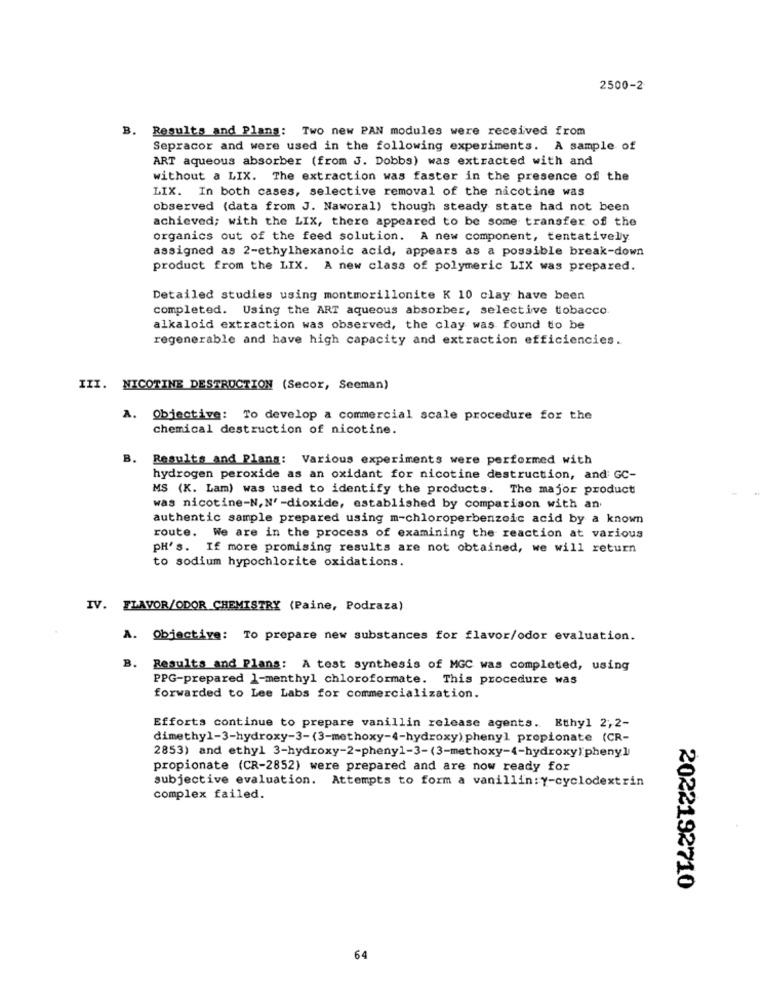
2500-2
B. Results and Plans: Two new PAN modules were received from
Sepracor and were used in the following experiments. A sample of
ART aqueous absorber (from J. Dobbs) was extracted with and
without a LIX. The extraction was faster in the presence of the
LIX. In both cases, selective removal of the nicotine was
observed (data from J. Naworal) though steady state had not been
achieved; with the LIX, there appeared to be some transfer of the
organics out of the feed solution. A new component, tentatively
assigned as 2-ethylhexanoic acid, appears as a possible break-down
product from the LIX. A new class of polymeric LIX was prepared.
Detailed studies using montmorillonite K 10 clay have been
completed. Using the ART aqueous absorber, selective tobacco
alkaloid extraction was observed, the clay was found to be
regenerable and have high capacity and extraction efficiencies.
III. NICOTINE DESTRUCTION (Secor, Seeman)
A. Objective: To develop a commercial scale procedure for the
chemical destruction of nicotine.
B.
Results and Plans: Various experiments were performed with
hydrogen peroxide as an oxidant for nicotine destruction, and GC-
MS (K. Lam) was used to identify the products. The major product
was nicotine-N, N' -dioxide, established by comparison with an
authentic sample prepared using m-chloroperbenzoic acid by a known
route. We are in the process of examining the reaction at various
pH's. If more promising results are not obtained, we will return
to sodium hypochlorite oxidations.
IV. FLAVOR/ODOR CHEMISTRY (Paine, Podraza)
A. Objective: To prepare new substances for flavor/odor evaluation.
B. Results and Plans: A test synthesis of MGC was completed, using
PPG-prepared 1-menthyl chloroformate. This procedure was
forwarded to Lee Labs for commercialization.
Efforts continue to prepare vanillin release agents. Ethyl 2,2-
dimethy1-3-hydroxy-3-(3-methoxy-4-hydroxy) phenyl propionate (CR-
2853) and ethyl 3-hydroxy-2-phenyl-3-(3-methoxy-4-hydroxy) pheny]]
propionate (CR-2852) were prepared and are now ready for
subjective evaluation. Attempts to form a vanillin: y-cyclodextrin
complex failed.
2022192710
64